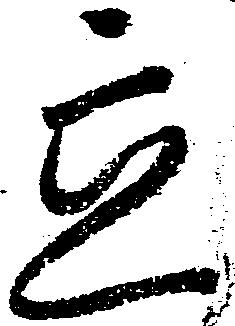
立